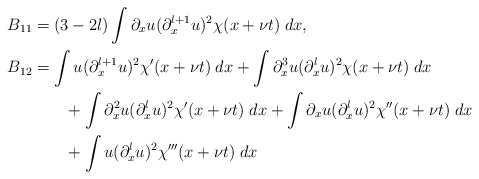
\begin{align*}B_{11}&=(3-2l)\int\partial_xu(\partial_x^{l+1}u)^2\chi(x+\nu t) \; dx,\\B_{12}&=\int u(\partial_x^{l+1}u)^2\chi'(x+\nu t) \; dx+\int\partial_x^3u(\partial_x^lu)^2\chi(x+\nu t) \; dx\\&\qquad+ \int\partial_x^2u(\partial_x^lu)^2\chi'(x+\nu t) \; dx+ \int\partial_xu(\partial_x^lu)^2\chi''(x+\nu t) \; dx\\&\qquad+ \int u(\partial_x^lu)^2\chi'''(x+\nu t) \; dx\end{align*}